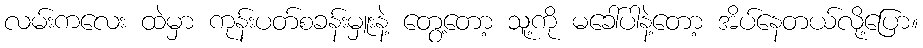
လမ်းကလေး ထဲမှာ ကုန်းပတ်စခန်းမှူးနဲ့ တွေ့တော့ သူ့ကို မခေါ်ပါနဲ့တော့ အိပ်နေတယ်လို့ပြော။